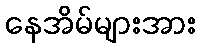
နေအိမ်များအား